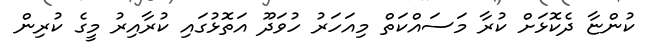
ކުންޏާ ދެކޮޅަށް ކުރާ މަސައްކަތް މިއަހަރު ހުވަދޫ އަތޮޅުގައި ކުރާއިރު މީގެ ކުރިން